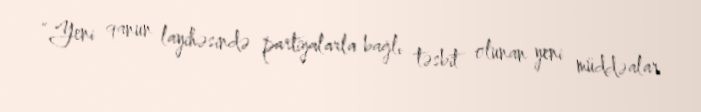
“Yeni qanun layihəsində partiyalarla bağlı təsbit olunan yeni müddəalar